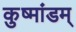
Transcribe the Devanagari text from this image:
कुष्मांडम्